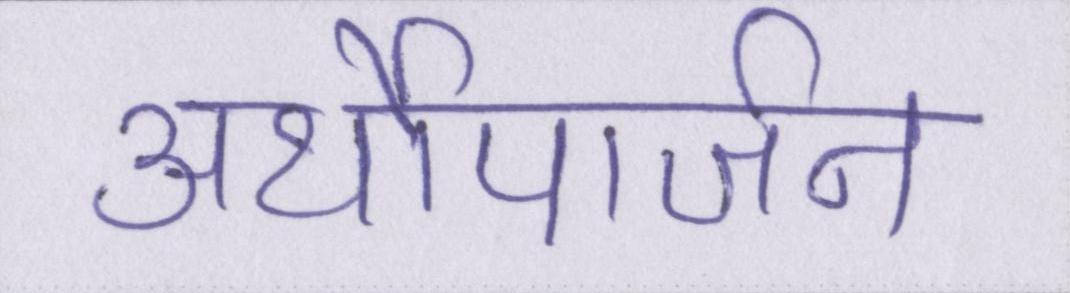
अर्थोपार्जन